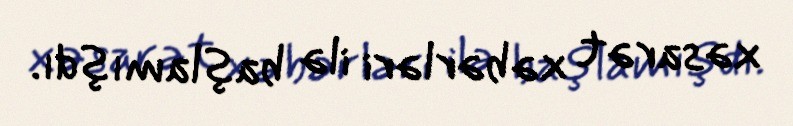
xəsarət xəbərləri ilə başlamışdı.